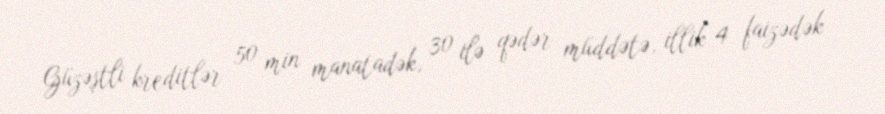
Güzəştli kreditlər 50 min manatadək, 30 ilə qədər müddətə, illik 4 faizədək